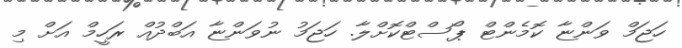
ހަޖަމް ވަންޏާ ކޮމެންޓް ޕޯސްޓްކޮށްލާ. ހަޖަމު ނުވަންޏާ އަބްދުއް ރަހީމް އަށް މި